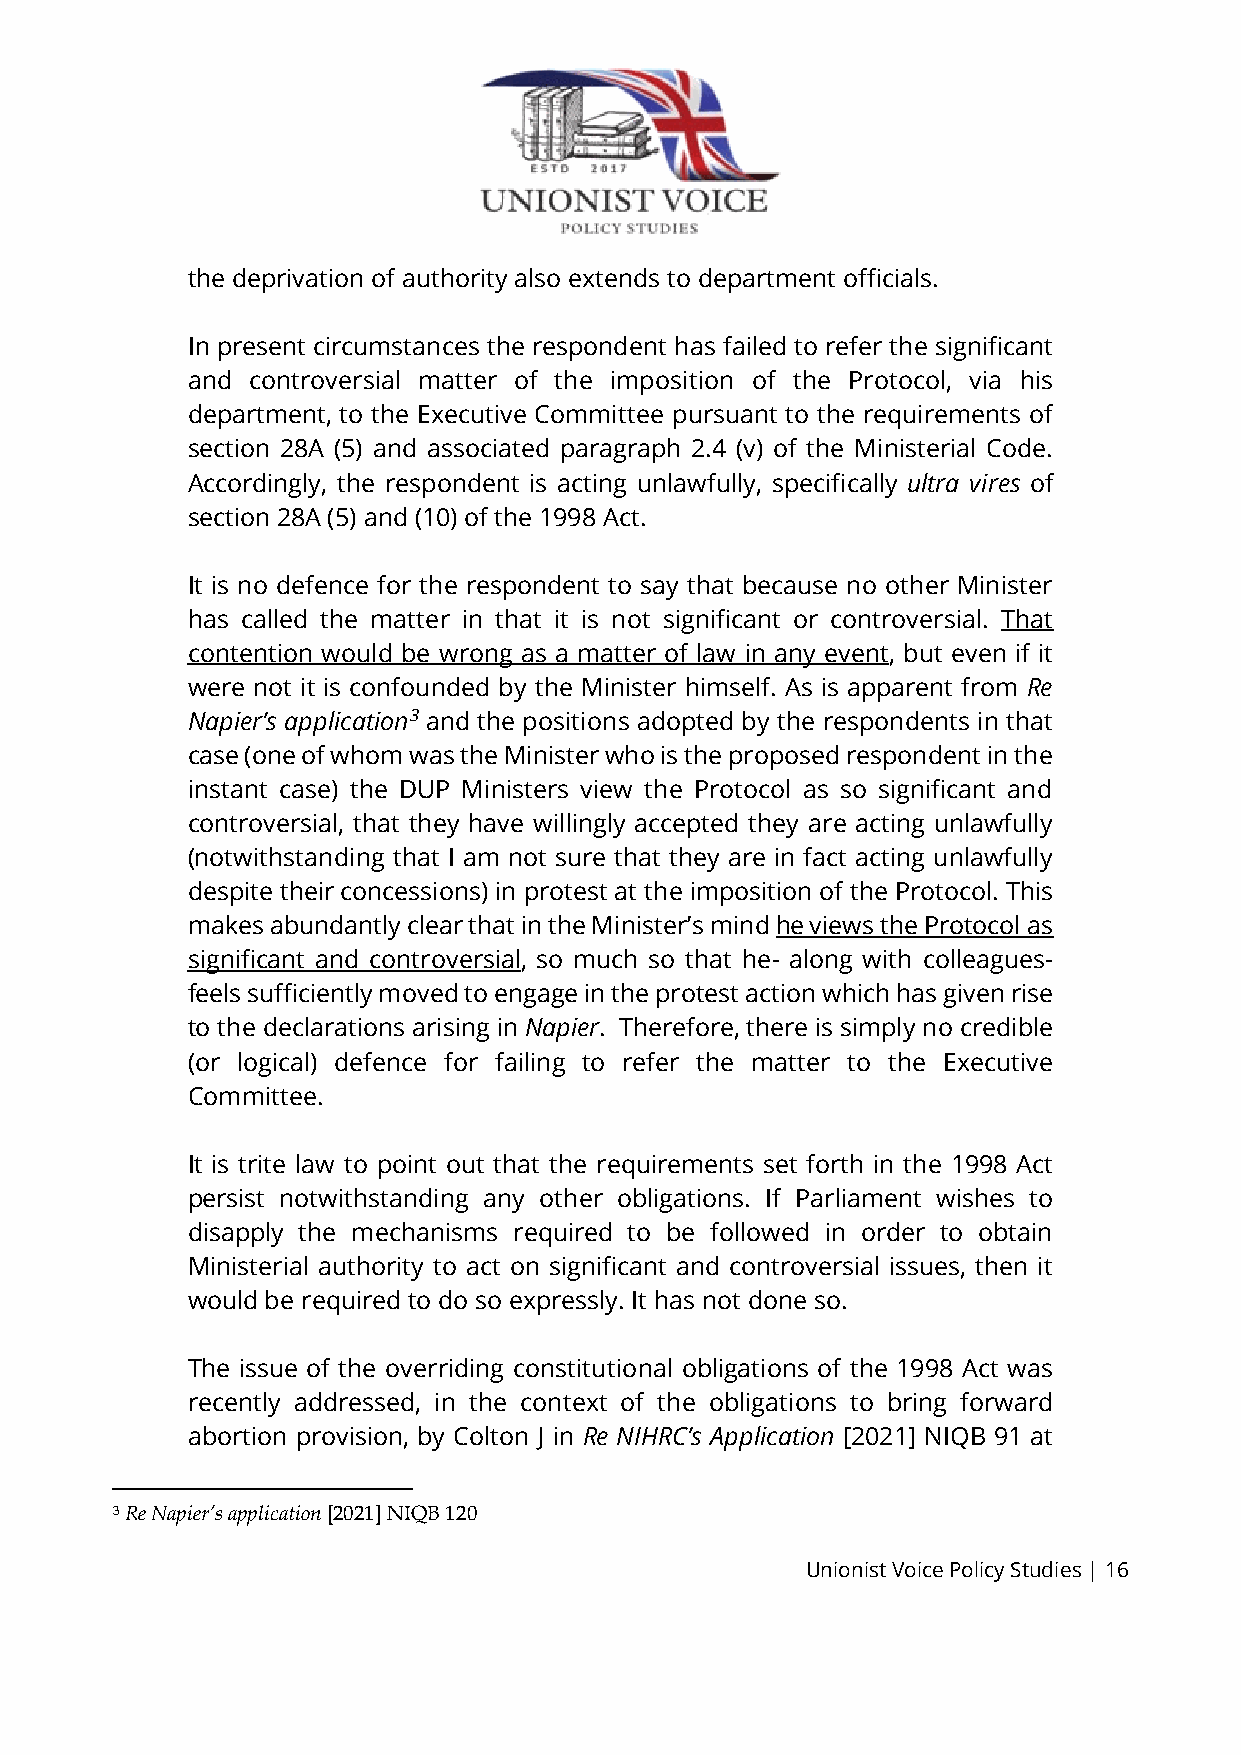
the deprivation of authority also extends to department officials.
 In present circumstances the respondent has failed to refer the significant
 and  controversial matter of the imposition of the Protocol, via his
 department, to the Executive Committee pursuant to the requirements of
 section 28A (5) and associated paragraph 2.4 (v) of the Ministerial Code.
 Accordingly, the respondent is acting unlawfully, specifically ultra vires of
 section 28A (5) and (10) of the 1998 Act.
 It is no defence for the respondent to say that because no other Minister
 has called the matter in that it is not significant or controversial. That
 contention would be wrong as a matter of law in any event, but even if it
 were not it is confounded by the Minister himself. As is apparent from Re
 Napier’s application3 and the positions adopted by the respondents in that
 case (one of whom was the Minister who is the proposed respondent in the
 instant case) the DUP Ministers view the Protocol as so significant and
 controversial, that they have willingly accepted they are acting unlawfully
 (notwithstanding that I am not sure that they are in fact acting unlawfully
 despite their concessions) in protest at the imposition of the Protocol. This
 makes abundantly clear that in the Minister’s mind he views the Protocol as
 significant and controversial, so much so that he- along with colleagues-
 feels sufficiently moved to engage in the protest action which has given rise
 to the declarations arising in Napier. Therefore, there is simply no credible
 (or logical) defence for failing to refer the matter to the Executive
 Committee.
 It is trite law to point out that the requirements set forth in the 1998 Act
 persist notwithstanding any other obligations. If Parliament wishes to
 disapply the mechanisms required to be followed in order to obtain
 Ministerial authority to act on significant and controversial issues, then it
 would be required to do so expressly. It has not done so.
 The issue of the overriding constitutional obligations of the 1998 Act was
 recently addressed, in the context of the obligations to bring forward
 abortion provision, by Colton J in Re NIHRC’s Application [2021] NIQB 91 at
 3 Re Napier’s application [2021] NIQB 120
 Unionist Voice Policy Studies | 16